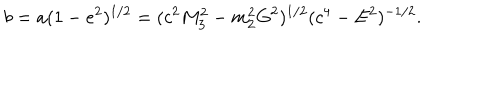
LaTeX: b = a ( 1 - e ^ { 2 } ) ^ { 1 / 2 } = ( c ^ { 2 } M _ { 3 } ^ { 2 } - m _ { 2 } ^ { 2 } G ^ { 2 } ) ^ { 1 / 2 } ( c ^ { 4 } - E ^ { 2 } ) ^ { - 1 / 2 } .